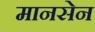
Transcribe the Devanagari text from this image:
मानसेन